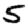
Digit: 5